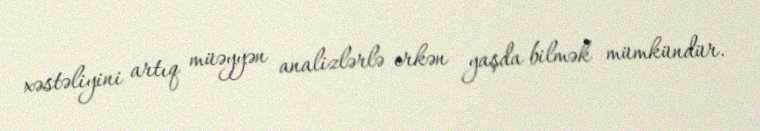
xəstəliyini artıq müəyyən analizlərlə erkən yaşda bilmək mümkündür.